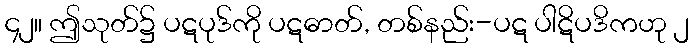
၄၂။ ဤသုတ်၌ ပဋပုဒ်ကို ပဋဓာတ်, တစ်နည်း-ပဋ ပါဋိပဒိကဟု ၂